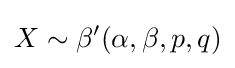
X\sim \beta '(\alpha ,\beta ,p,q)